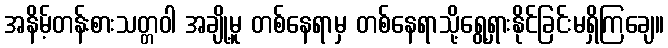
အနိမ့်တန်းစားသတ္တဝါ အချို့မူ တစ်နေရာမှ တစ်နေရာသို့ရွေ့ရှားနိုင်ခြင်းမရှိကြချေ။